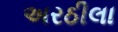
અરઠીલા